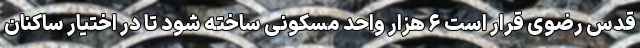
قدس رضوی قرار است ۶ هزار واحد مسکونی ساخته شود تا در اختیار ساکنان